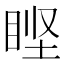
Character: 𰥣